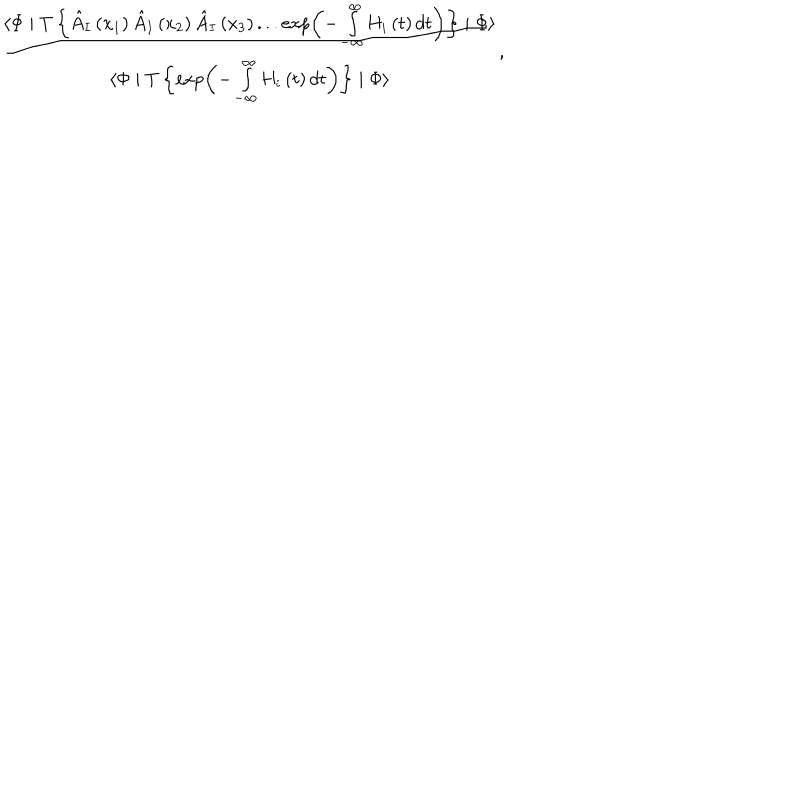
LaTeX: \frac { \langle \Phi \mid T \left\{ \hat { A } _ { I } \left( x _ { 1 } \right) \hat { A } _ { I } \left( x _ { 2 } \right) \hat { A } _ { I } \left( x _ { 3 } \right) . . . \exp \left( - \int _ { - \infty } ^ { \infty } H _ { i } \left( t \right) d t \right) \right\} \mid \Phi \rangle } { \langle \Phi \mid T \left\{ \exp \left( - \int _ { - \infty } ^ { \infty } H _ { i } \left( t \right) d t \right) \right\} \mid \Phi \rangle } ,